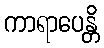
ကာရာပေန္တိ